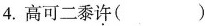
4.高可二黍许（）